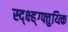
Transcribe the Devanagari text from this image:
स्द्क्ष्ह्ग्फ्तुय्त्कि